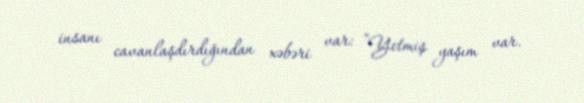
insanı cavanlaşdırdığından xəbəri var: “Yetmiş yaşım var.